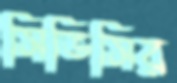
সিভিসির